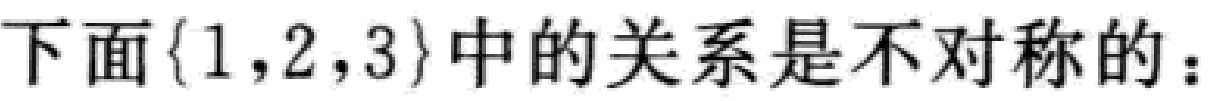
下面$\{1,2,3\}$中的关系是不对称的：